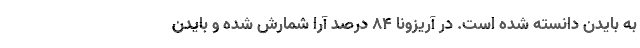
به بایدن دانسته شده است. در آریزونا ۸۴ درصد آرا شمارش شده و بایدن